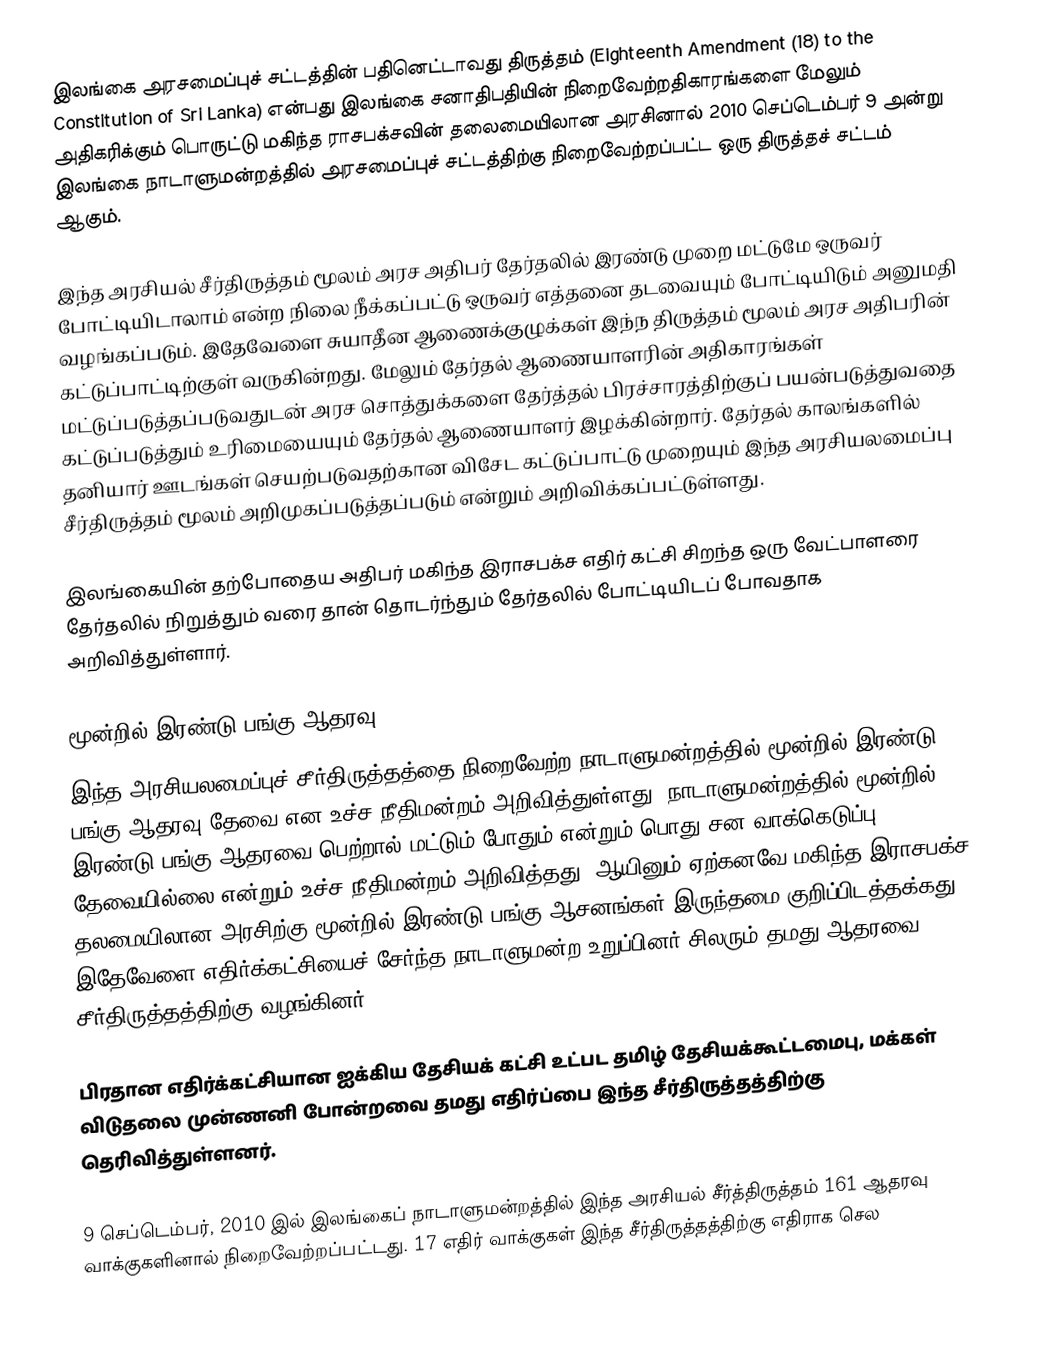
இலங்கை அரசமைப்புச் சட்டத்தின் பதினெட்டாவது திருத்தம் (Eighteenth Amendment (18) to the Constitution of Sri Lanka) என்பது இலங்கை சனாதிபதியின் நிறைவேற்றதிகாரங்களை மேலும் அதிகரிக்கும் பொருட்டு மகிந்த ராசபக்சவின் தலைமையிலான அரசினால் 2010 செப்டெம்பர் 9 அன்று இலங்கை நாடாளுமன்றத்தில் அரசமைப்புச் சட்டத்திற்கு நிறைவேற்றப்பட்ட ஒரு திருத்தச் சட்டம் ஆகும்.

இந்த அரசியல் சீர்திருத்தம் மூலம் அரச அதிபர் தேர்தலில் இரண்டு முறை மட்டுமே ஒருவர் போட்டியிடாலாம் என்ற நிலை நீக்கப்பட்டு ஒருவர் எத்தனை தடவையும் போட்டியிடும் அனுமதி வழங்கப்படும். இதேவேளை சுயாதீன ஆணைக்குழுக்கள் இந்ந திருத்தம் மூலம் அரச அதிபரின் கட்டுப்பாட்டிற்குள் வருகின்றது. மேலும் தேர்தல் ஆணையாளரின் அதிகாரங்கள் மட்டுப்படுத்தப்படுவதுடன் அரச சொத்துக்களை தேர்த்தல் பிரச்சாரத்திற்குப் பயன்படுத்துவதை கட்டுப்படுத்தும் உரிமையையும் தேர்தல் ஆணையாளர் இழக்கின்றார். தேர்தல் காலங்களில் தனியார் ஊடங்கள் செயற்படுவதற்கான விசேட கட்டுப்பாட்டு முறையும் இந்த அரசியலமைப்பு சீர்திருத்தம் மூலம் அறிமுகப்படுத்தப்படும் என்றும் அறிவிக்கப்பட்டுள்ளது.

இலங்கையின் தற்போதைய அதிபர் மகிந்த இராசபக்ச எதிர் கட்சி சிறந்த ஒரு வேட்பாளரை தேர்தலில் நிறுத்தும் வரை தான் தொடர்ந்தும் தேர்தலில் போட்டியிடப் போவதாக அறிவித்துள்ளார்.

மூன்றில் இரண்டு பங்கு ஆதரவு
இந்த அரசியலமைப்புச் சீர்திருத்தத்தை நிறைவேற்ற நாடாளுமன்றத்தில் மூன்றில் இரண்டு பங்கு ஆதரவு தேவை என உச்ச நீதிமன்றம் அறிவித்துள்ளது. நாடாளுமன்றத்தில் மூன்றில் இரண்டு பங்கு ஆதரவை பெற்றால் மட்டும் போதும் என்றும் பொது சன வாக்கெடுப்பு தேவையில்லை என்றும் உச்ச நீதிமன்றம் அறிவித்தது. ஆயினும் ஏற்கனவே மகிந்த இராசபக்ச தலமையிலான அரசிற்கு மூன்றில் இரண்டு பங்கு ஆசனங்கள் இருந்தமை குறிப்பிடத்தக்கது. இதேவேளை எதிர்க்கட்சியைச் சேர்ந்த நாடாளுமன்ற உறுப்பினர் சிலரும் தமது ஆதரவை சீர்திருத்தத்திற்கு வழங்கினர்.

பிரதான எதிர்க்கட்சியான ஐக்கிய தேசியக் கட்சி உட்பட தமிழ் தேசியக்கூட்டமைபு, மக்கள் விடுதலை முன்ணனி போன்றவை தமது எதிர்ப்பை இந்த சீர்திருத்தத்திற்கு தெரிவித்துள்ளனர்.

9 செப்டெம்பர், 2010 இல் இலங்கைப் நாடாளுமன்றத்தில் இந்த அரசியல் சீர்த்திருத்தம் 161 ஆதரவு வாக்குகளினால் நிறைவேற்றப்பட்டது. 17 எதிர் வாக்குகள் இந்த சீர்திருத்தத்திற்கு எதிராக செல